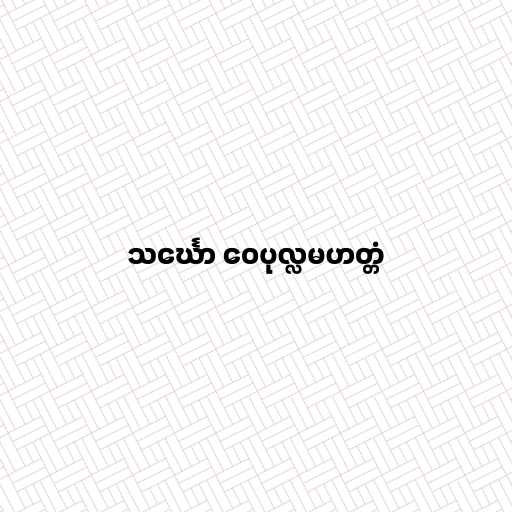
သင်္ဃော ဝေပုလ္လမဟတ္တံ